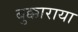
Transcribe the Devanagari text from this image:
बुक्काराया